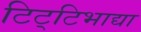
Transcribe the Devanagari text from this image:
टिट्‌टिभाद्या